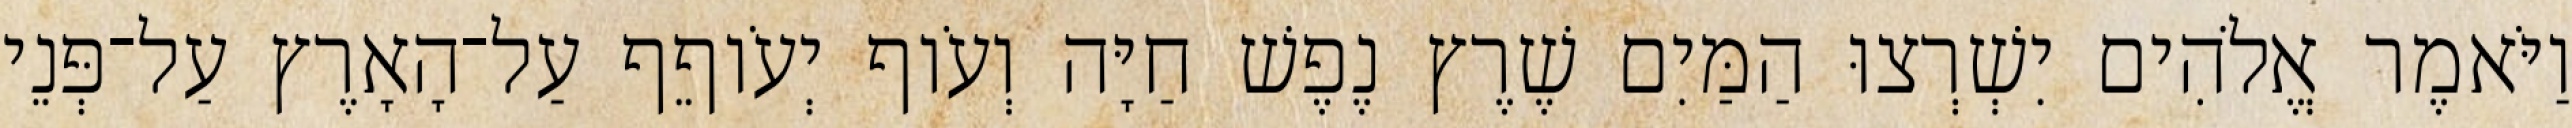
וַיֹּאמֶר אֱלֹהִים יִשְׁרְצוּ הַמַּיִם שֶׁרֶץ נֶפֶשׁ חַיָּה וְעֹוף יְעֹוףֵף עַל־הָאָרֶץ עַל־פְּנֵי